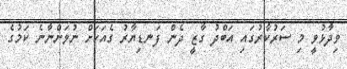
ވިދާޅުވީ މި ސަރުކާރުގައި އަބްދު ގާޒީ ދެން ފަނޑިޔާރު ގެއަކަށް ނުވަންނާނެ ކަމުގެ